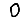
Digit: 0